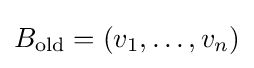
B_{\mathrm {old} }=(v_{1},\ldots ,v_{n})